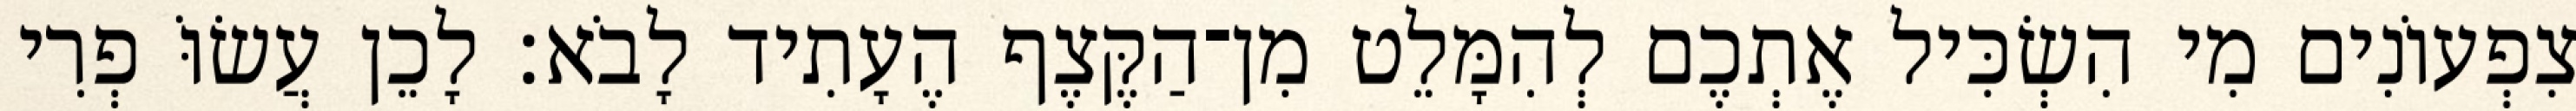
צִפְעוֹנִים מִי הִשְׂכִּיל אֶתְכֶם לְהִמָּלֵט מִן־הַקֶּצֶף הֶעָתִיד לָבֹא׃ לָכֵן עֲשׂוֹּ פְרִי